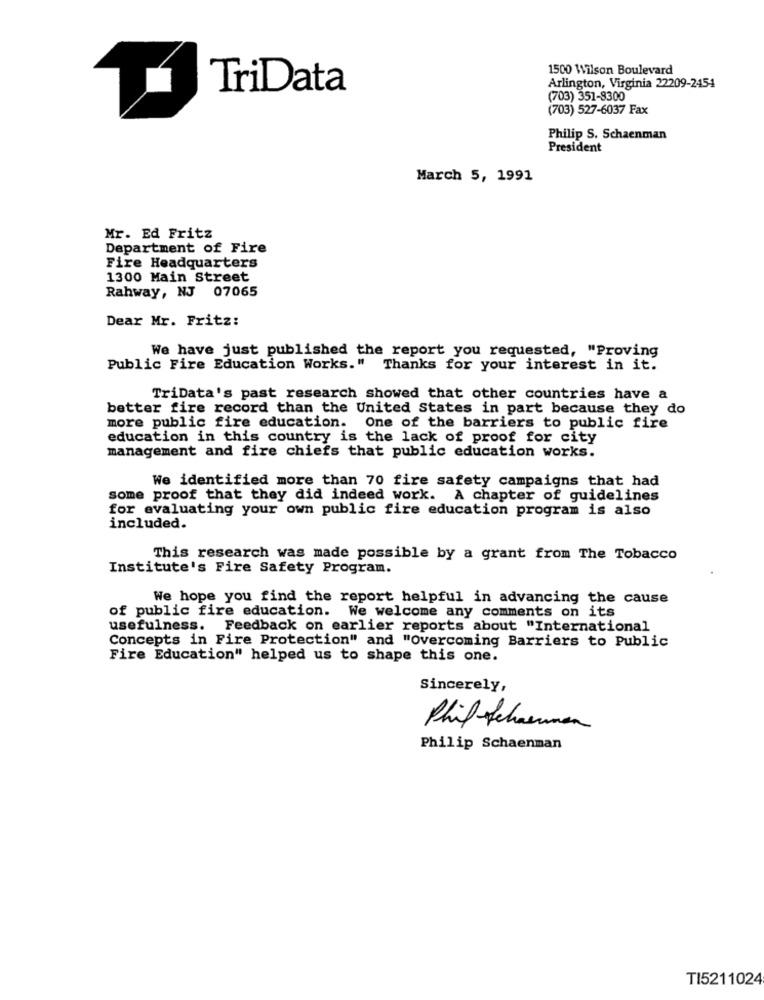
1500 Wilson Boulevard
TriData
Arlington, Virginia 22209-2454
(703) 351-8300
(703) 527-6037 Fax
Philip S. Schaenman
President
March 5, 1991
Mr. Ed Fritz
Department of Fire
Fire Headquarters
1300 Main Street
Rahway, NJ 07065
Dear Mr. Fritz:
We have just published the report you requested, "Proving
Public Fire Education Works." Thanks for your interest in it.
TriData's past research showed that other countries have a
better fire record than the United States in part because they do
more public fire education. One of the barriers to public fire
education in this country is the lack of proof for city
management and fire chiefs that public education works.
We identified more than 70 fire safety campaigns that had
some proof that they did indeed work. A chapter of guidelines
for evaluating your own public fire education program is also
included.
This research was made possible by a grant from The Tobacco
Institute's Fire Safety Program.
We hope you find the report helpful in advancing the cause
of public fire education. We welcome any comments on its
usefulness. Feedback on earlier reports about "International
Concepts in Fire Protection" and "Overcoming Barriers to Public
Fire Education" helped us to shape this one.
Sincerely,
Phil Schermen
Philip Schaenman
TI5211024